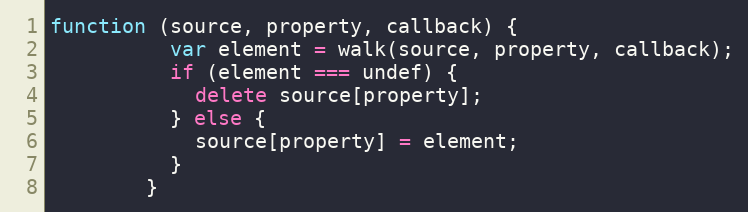
Language: JavaScript
function (source, property, callback) {
          var element = walk(source, property, callback);
          if (element === undef) {
            delete source[property];
          } else {
            source[property] = element;
          }
        }